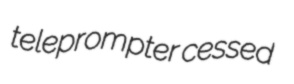
teleprompter cessed